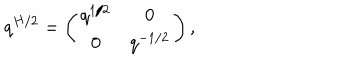
q ^ { H / 2 } = \left( \begin{array} { c c } { { q ^ { 1 / 2 } } } & { { 0 } } \\ { { 0 } } & { { q ^ { - 1 / 2 } } } \\ \end{array} \right) ,